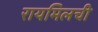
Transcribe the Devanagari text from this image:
रायमिलची